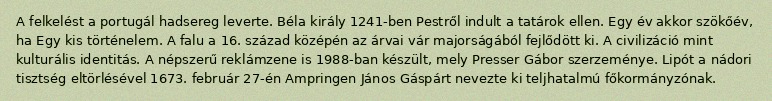
A felkelést a portugál hadsereg leverte. Béla király 1241-ben Pestről indult a tatárok ellen. Egy év akkor szökőév, ha Egy kis történelem. A falu a 16. század középén az árvai vár majorságából fejlődött ki. A civilizáció mint kulturális identitás. A népszerű reklámzene is 1988-ban készült, mely Presser Gábor szerzeménye. Lipót a nádori tisztség eltörlésével 1673. február 27-én Ampringen János Gáspárt nevezte ki teljhatalmú főkormányzónak.